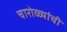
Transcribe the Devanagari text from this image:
चारोळ्यांची